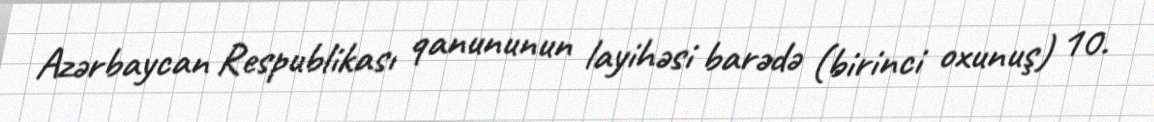
Azərbaycan Respublikası qanununun layihəsi barədə (birinci oxunuş) 10.